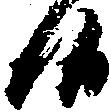
候